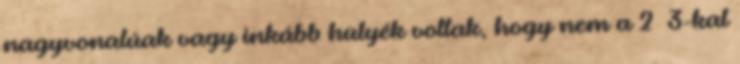
nagyvonalúak vagy inkább hülyék voltak, hogy nem a 2 3-kal